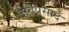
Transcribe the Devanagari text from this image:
देविप्रसाद